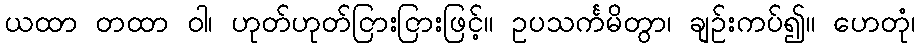
ယထာ တထာ ဝါ၊ ဟုတ်ဟုတ်ငြားငြားဖြင့်။ ဥပသင်္ကမိတွာ၊ ချဉ်းကပ်၍။ ဟေတုံ၊